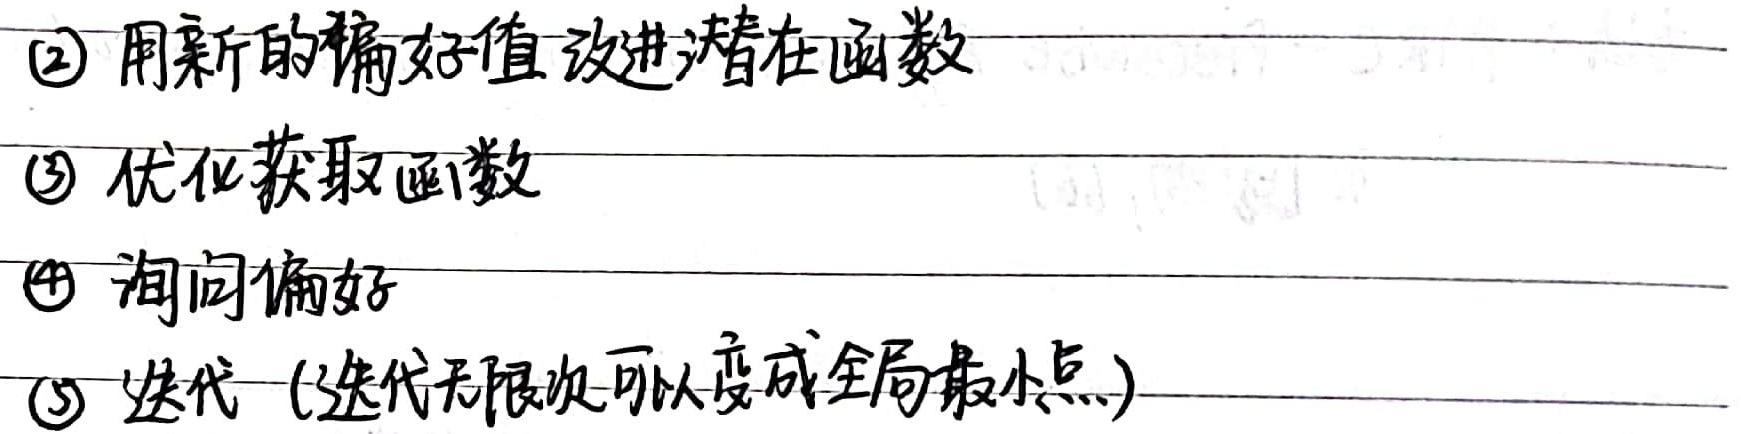
(2) 用新的偏好值改进潜在函数
(3) 优化获取函数
(4) 询问偏好
(5) 迭代（迭代无限次可以变成全局最小点）